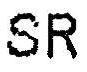
SR